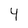
Character: Y